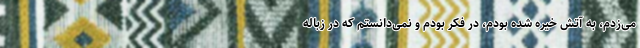
می‌زدم، به آتش خیره شده بودم، در فکر بودم و نمی‌دانستم که در زباله